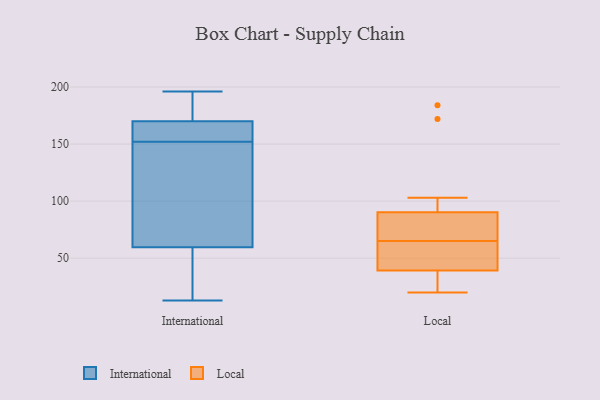
{"axis": {"x": "Latency (ms)", "y": "Value"}, "legend": ["International", "Local"], "data": [{"x": "", "y": 21, "type": "International"}, {"x": "", "y": 25, "type": "International"}, {"x": "", "y": 94, "type": "International"}, {"x": "", "y": 29, "type": "International"}, {"x": "", "y": 162, "type": "International"}, {"x": "", "y": 182, "type": "International"}, {"x": "", "y": 171, "type": "International"}, {"x": "", "y": 108, "type": "International"}, {"x": "", "y": 167, "type": "International"}, {"x": "", "y": 13, "type": "International"}, {"x": "", "y": 153, "type": "International"}, {"x": "", "y": 188, "type": "International"}, {"x": "", "y": 85, "type": "International"}, {"x": "", "y": 196, "type": "International"}, {"x": "", "y": 34, "type": "International"}, {"x": "", "y": 100, "type": "International"}, {"x": "", "y": 169, "type": "International"}, {"x": "", "y": 165, "type": "International"}, {"x": "", "y": 151, "type": "International"}, {"x": "", "y": 175, "type": "International"}, {"x": "", "y": 172, "type": "Local"}, {"x": "", "y": 103, "type": "Local"}, {"x": "", "y": 76, "type": "Local"}, {"x": "", "y": 65, "type": "Local"}, {"x": "", "y": 53, "type": "Local"}, {"x": "", "y": 59, "type": "Local"}, {"x": "", "y": 28, "type": "Local"}, {"x": "", "y": 88, "type": "Local"}, {"x": "", "y": 85, "type": "Local"}, {"x": "", "y": 91, "type": "Local"}, {"x": "", "y": 21, "type": "Local"}, {"x": "", "y": 43, "type": "Local"}, {"x": "", "y": 38, "type": "Local"}, {"x": "", "y": 20, "type": "Local"}, {"x": "", "y": 184, "type": "Local"}]}